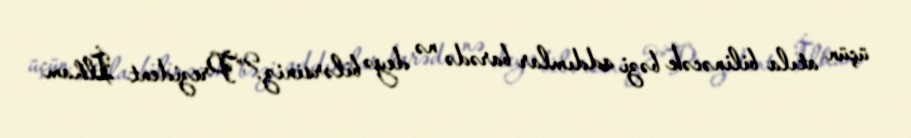
üçün atıla bilinəcək bəzi addımlar barədə nə deyə bilərsiniz?”Prezident İlham